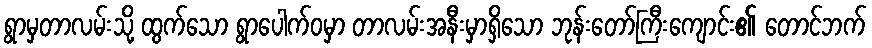
ရွာမှတာလမ်းသို့ ထွက်သော ရွာပေါက်ဝမှာ တာလမ်းအနီးမှာရှိသော ဘုန်းတော်ကြီးကျောင်း၏ တောင်ဘက်